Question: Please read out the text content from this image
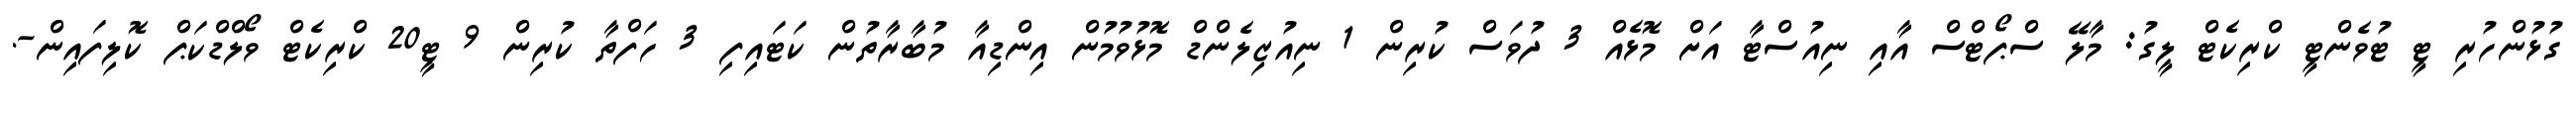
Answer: ގުޅުންހުރި ޓީ ޓުވެންޓީ ކްރިކެޓް ލީގު: މާލޭ ސްޕޯޓްސް އާއި ނިއުސްޓާ އަށް މޮޅެއް 3 ދުވަސް ކުރިން 1 ނިއުޒިލެންޑް މޮޅުވުމުން އިންޑިއާ މުބާރާތުން ކަޓައިފި 3 ހަފްތާ ކުރިން 9 ޓީ20 ކްރިކެޓް ވޯލްޑްކަޕް ކޮލިފައިން-.